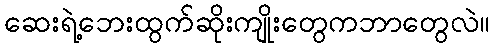
ဆေးရဲ့ဘေးထွက်ဆိုးကျိုးတွေကဘာတွေလဲ။